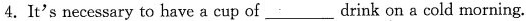
4. It's necessary to have a cup of ___ drink on a cold morning.